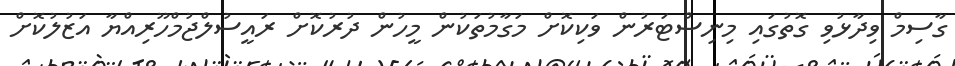
ގާސިމް ވިދާޅުވި ގޮތުގައި މިނިސްޓަރުން ވަކިކޮށް މަގާމުތަކުން މީހުން ދުރުކޮށް ރައީސުލްޖުމްހޫރިއްޔާ އަޒުލުކޮށް